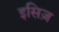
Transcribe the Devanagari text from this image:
इसिज़